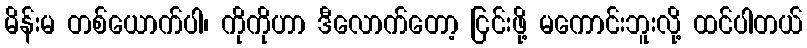
မိန်းမ တစ်ယောက်ပါ၊ ကိုကိုဟာ ဒီလောက်တော့ ငြင်းဖို့ မကောင်းဘူးလို့ ထင်ပါတယ်